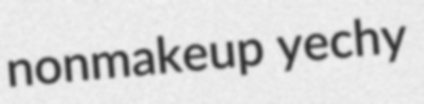
nonmakeup yechy